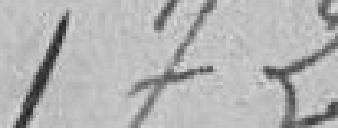
172